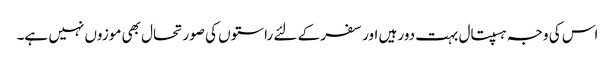
اس کی وجہ ہسپتال بہت دور ہیں اور سفر کے لئے راستوں کی صورتحال بھی موزوں نہیں ہے۔